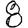
Digit: 8